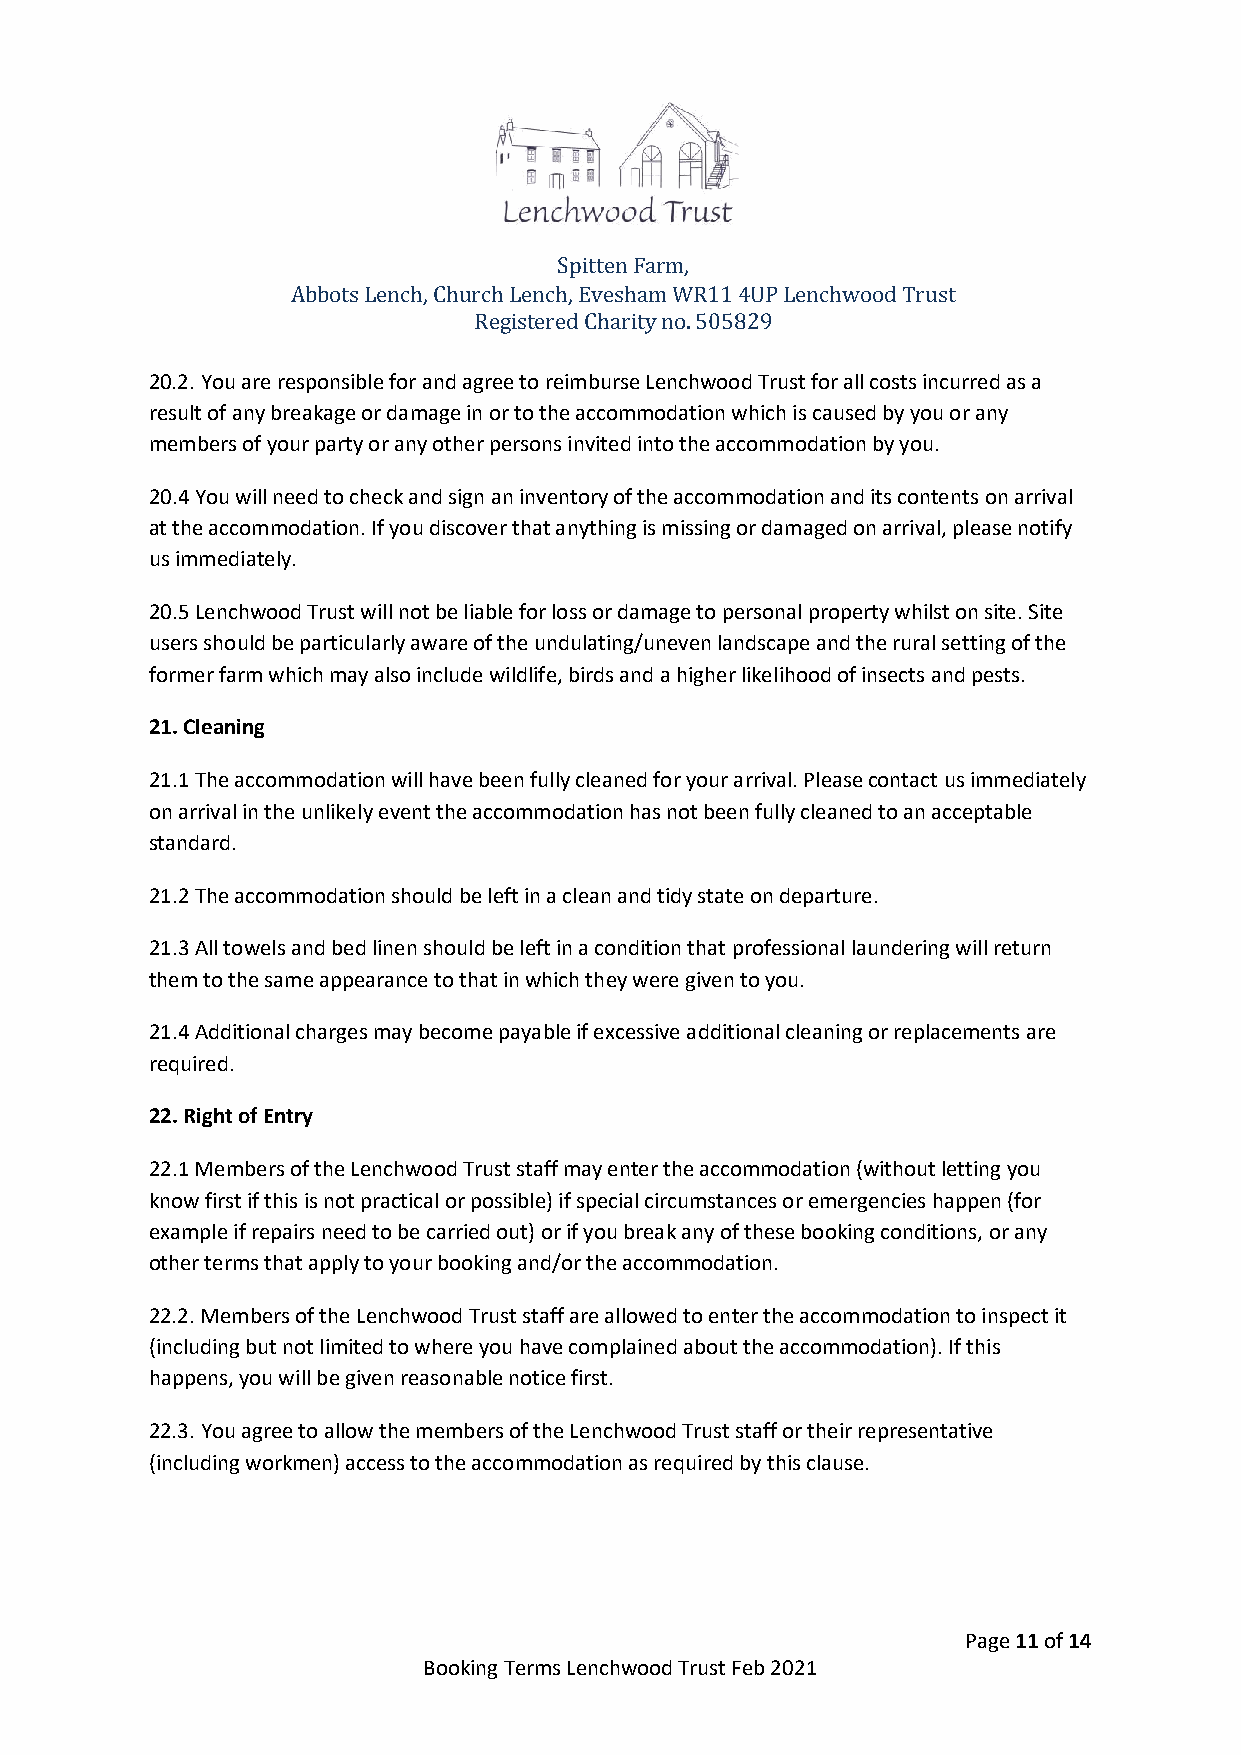
Spitten Farm,
 Abbots Lench, Church Lench, Evesham WR11 4UP Lenchwood Trust
 Registered Charity no. 505829
 20.2. You are responsible for and agree to reimburse Lenchwood Trust for all costs incurred as a
 result of any breakage or damage in or to the accommodation which is caused by you or any
 members of your party or any other persons invited into the accommodation by you.
 20.4 You will need to check and sign an inventory of the accommodation and its contents on arrival
 at the accommodation. If you discover that anything is missing or damaged on arrival, please notify
 us immediately.
 20.5 Lenchwood Trust will not be liable for loss or damage to personal property whilst on site. Site
 users should be particularly aware of the undulating/uneven landscape and the rural setting of the
 former farm which may also include wildlife, birds and a higher likelihood of insects and pests.
 21. Cleaning
 21.1 The accommodation will have been fully cleaned for your arrival. Please contact us immediately
 on arrival in the unlikely event the accommodation has not been fully cleaned to an acceptable
 standard.
 21.2 The accommodation should be left in a clean and tidy state on departure.
 21.3 All towels and bed linen should be left in a condition that professional laundering will return
 them to the same appearance to that in which they were given to you.
 21.4 Additional charges may become payable if excessive additional cleaning or replacements are
 required.
 22. Right of Entry
 22.1 Members of the Lenchwood Trust staff may enter the accommodation (without letting you
 know first if this is not practical or possible) if special circumstances or emergencies happen (for
 example if repairs need to be carried out) or if you break any of these booking conditions, or any
 other terms that apply to your booking and/or the accommodation.
 22.2. Members of the Lenchwood Trust staff are allowed to enter the accommodation to inspect it
 (including but not limited to where you have complained about the accommodation). If this
 happens, you will be given reasonable notice first.
 22.3. You agree to allow the members of the Lenchwood Trust staff or their representative
 (including workmen) access to the accommodation as required by this clause.
 Page 11 of 14
 Booking Terms Lenchwood Trust Feb 2021